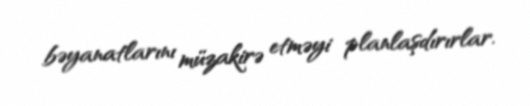
bəyanatlarını müzakirə etməyi planlaşdırırlar.